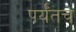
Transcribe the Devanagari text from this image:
पर्यँतचे